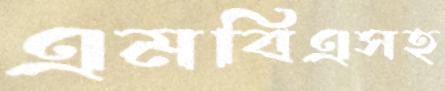
এমবিএসহ